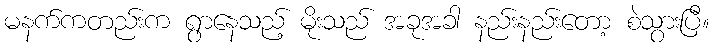
မနက်ကတည်းက ရွာနေသည့် မိုးသည် အခုအခါ နည်းနည်းတော့ စဲသွားပြီ။